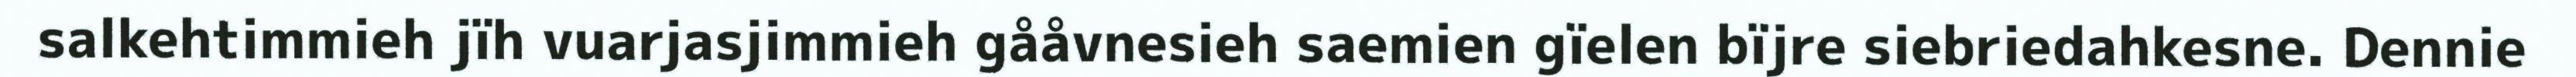
salkehtimmieh jïh vuarjasjimmieh gååvnesieh saemien gïelen bïjre siebriedahkesne. Dennie